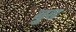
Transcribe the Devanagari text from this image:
बुढ